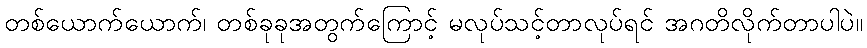
တစ်ယောက်ယောက်၊ တစ်ခုခုအတွက်ကြောင့် မလုပ်သင့်တာလုပ်ရင် အဂတိလိုက်တာပါပဲ။